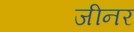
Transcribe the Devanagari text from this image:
जीनर